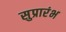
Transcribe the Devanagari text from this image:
सुप्रारंभ